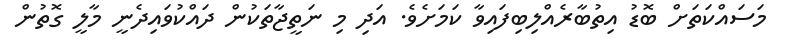
މަސައްކަތަށް ބޮޑު އިތުބާރެއްލިބިފައިވާ ކަމަށެވެ. އަދި މި ނަތީޖާތަކުން ދައްކުވައިދެނީ މާލީ ގޮތުން